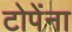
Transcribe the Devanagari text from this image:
टोपेंना